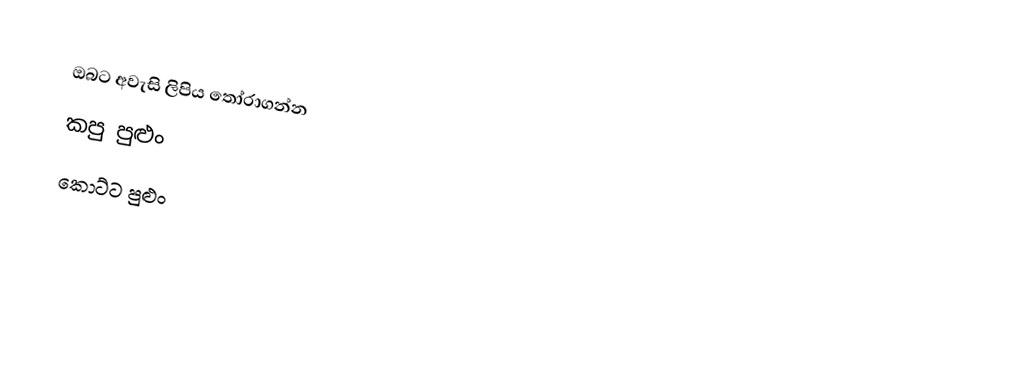
ඔබට අවැසි ලිපිය තෝරාගන්න
 කපු පුළුං
 කොට්ට පුළුං